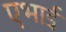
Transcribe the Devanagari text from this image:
एभाई